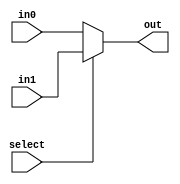
module regmux2x1(in0, in1, select, out);
    input wire select; 
    input wire [4:0] in0;
    input wire [4:0] in1;
    output reg[4:0] out;

    always @(*)
    begin
        if(select == 0)
        begin
            out <= in0;
        end
        else begin
            out <= in1;
        end
    end

endmodule